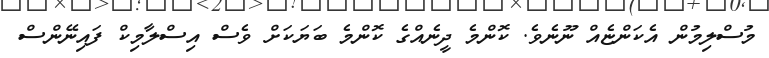
މުސްލިމުން އެކަންޏެއް ނޫނެވެ. ކޮންމެ ދީނެއްގެ ކޮންމެ ބަޔަކަށް ވެސް އިސްލާމިކް ފައިނޭންސް